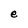
Character: e